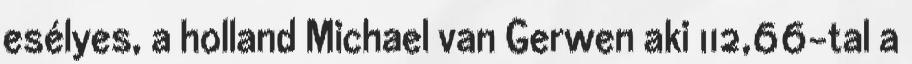
esélyes, a holland Michael van Gerwen aki 112,66-tal a